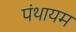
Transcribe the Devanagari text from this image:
पंथायम